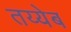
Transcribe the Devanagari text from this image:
तय्येब